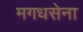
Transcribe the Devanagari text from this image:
मगधसेना